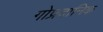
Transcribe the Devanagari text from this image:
गोप्रदानिक